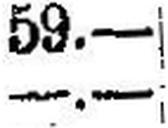
—.—